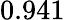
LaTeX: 0.941